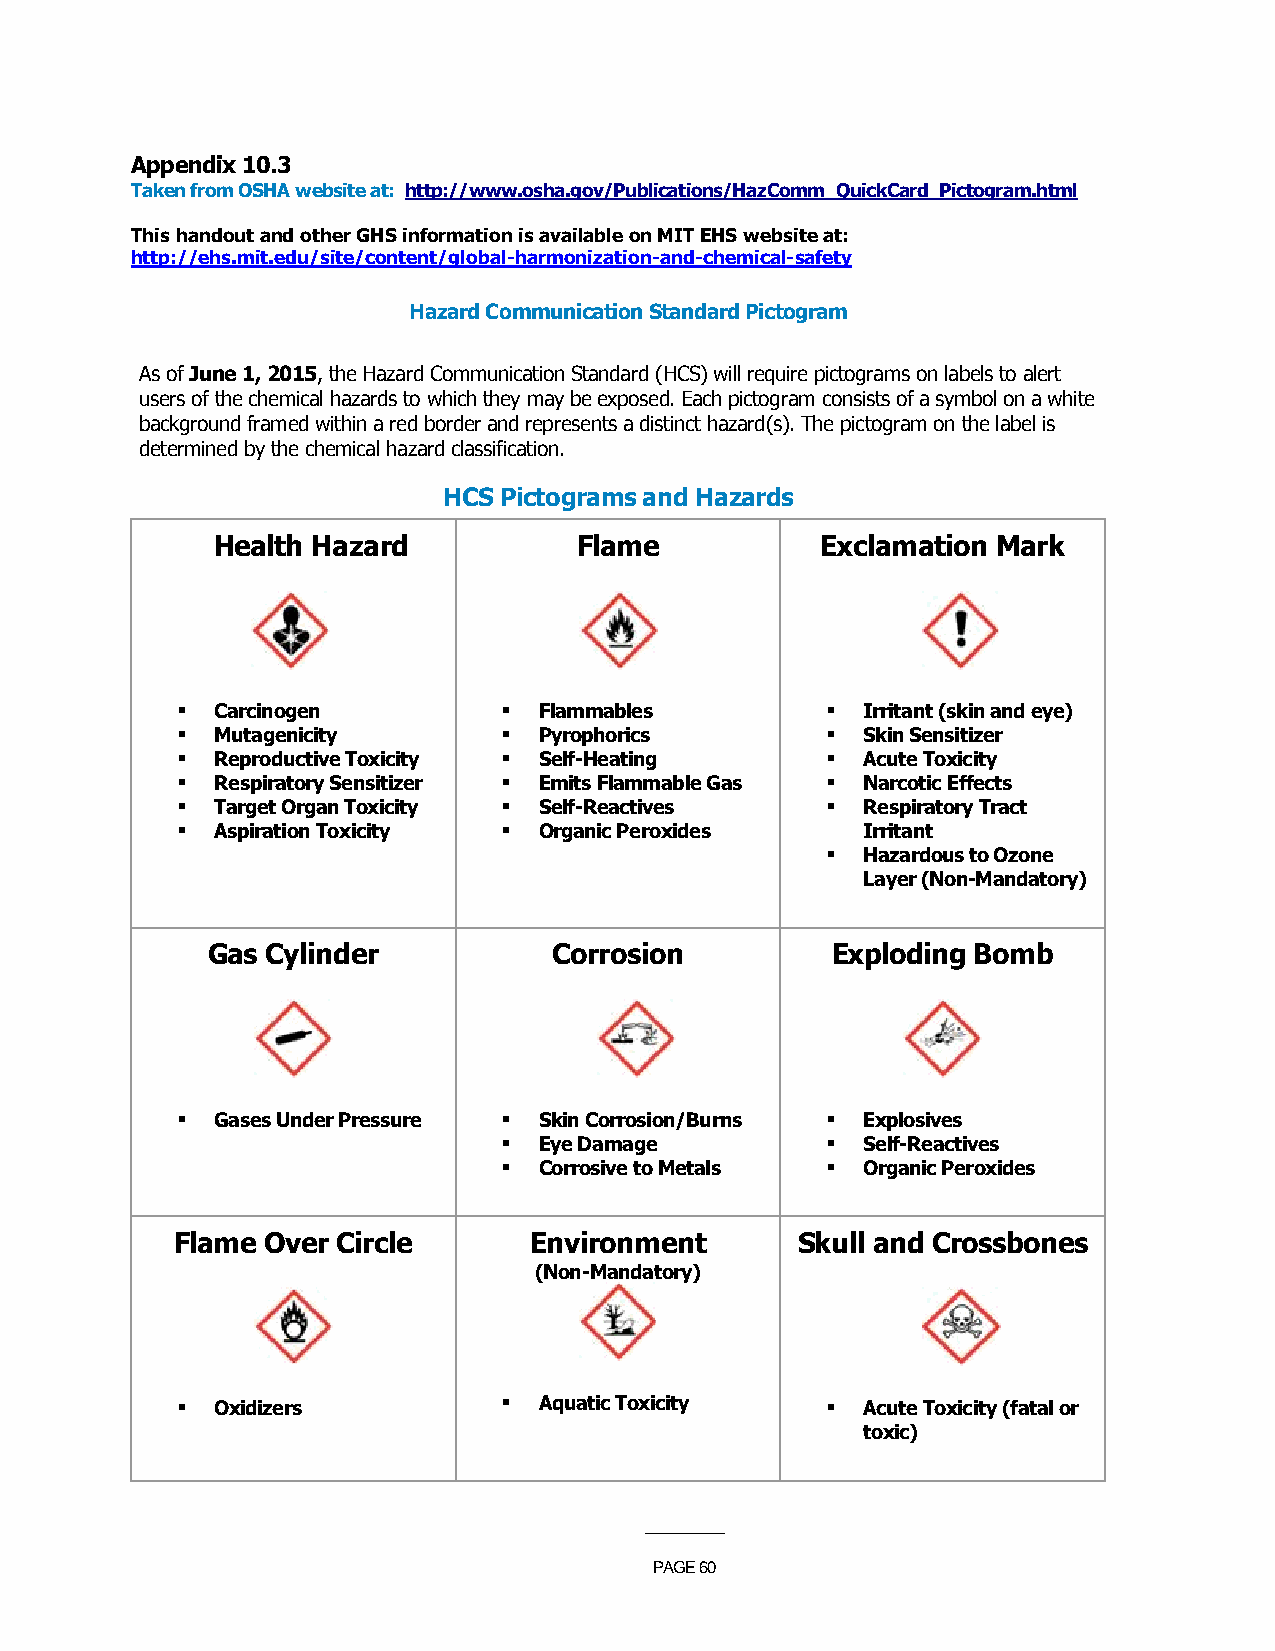
Appendix 10.3
 Taken from OSHA website at: http://www.osha.gov/Publications/HazComm_QuickCard_Pictogram.html
 This handout and other GHS information is available on MIT EHS website at:
 http://ehs.mit.edu/site/content/global-harmonization-and-chemical-safety
 Hazard Communication Standard Pictogram
 As of June 1, 2015, the Hazard Communication Standard (HCS) will require pictograms on labels to alert
 users of the chemical hazards to which they may be exposed. Each pictogram consists of a symbol on a white
 background framed within a red border and represents a distinct hazard(s). The pictogram on the label is
 determined by the chemical hazard classification.
 HCS Pictograms and Hazards
 Health Hazard           Flame           Exclamation Mark
 ▪ Carcinogen         ▪  Flammables         ▪ Irritant (skin and eye)
 ▪ Mutagenicity       ▪  Pyrophorics        ▪ Skin Sensitizer
 ▪ Reproductive Toxicity ▪ Self-Heating     ▪ Acute Toxicity
 ▪ Respiratory Sensitizer ▪ Emits Flammable Gas ▪ Narcotic Effects
 ▪ Target Organ Toxicity ▪ Self-Reactives   ▪ Respiratory Tract
 ▪ Aspiration Toxicity ▪ Organic Peroxides    Irritant
 ▪ Hazardous to Ozone
 Layer (Non-Mandatory)
 Gas Cylinder           Corrosion         Exploding Bomb
 ▪ Gases Under Pressure ▪ Skin Corrosion/Burns ▪ Explosives
 ▪  Eye Damage         ▪ Self-Reactives
 ▪  Corrosive to Metals ▪ Organic Peroxides
 Flame Over Circle      Environment       Skull and Crossbones
 (Non-Mandatory)
 ▪ Oxidizers          ▪  Aquatic Toxicity   ▪ Acute Toxicity (fatal or
 toxic)
 ___________
 PAGE 60